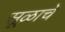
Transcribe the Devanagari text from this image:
सूळाचे